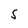
Character: S